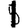
Digit: 1